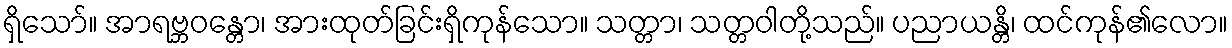
ရှိသော်။ အာရဗ္ဘဝန္တော၊ အားထုတ်ခြင်းရှိကုန်သော။ သတ္တာ၊ သတ္တဝါတို့သည်။ ပညာယန္တိ၊ ထင်ကုန်၏လော။